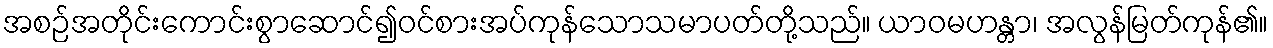
အစဉ်အတိုင်းကောင်းစွာဆောင်၍ဝင်စားအပ်ကုန်သောသမာပတ်တို့သည်။ ယာဝမဟန္တာ၊ အလွန်မြတ်ကုန်၏။